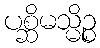
ပစ္ဆိမသ္မိဉ္စ